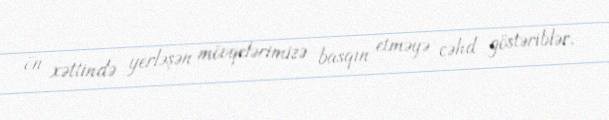
ön xəttində yerləşən mövqelərimizə basqın etməyə cəhd göstəriblər.